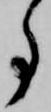
事